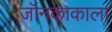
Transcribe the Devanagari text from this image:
जॉनकाकाला